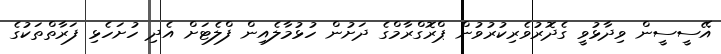
އޭސީސީން ވިދާޅުވީ ގެދޮރުވެރިކުރުވުން ޕްރޮގްރާމްގެ ދަށުން ހުޅުމާލެއިން ފްލެޓަށް އެދި ހުށަހެޅި ފަރާތްތަކުގެ